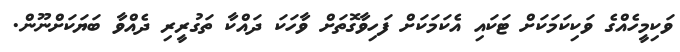
ވަކިމީހެއްގެ ވަކިކަމަކަށް ޓަކައި އެކަމަކަށް ފަހިވާގޮތަށް ވާހަކަ ދައްކާ ތަގުރީރި ދެއްވާ ބަޔަކަށްނޫން.